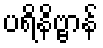
ပရိနိဗ္ဗာန်